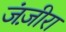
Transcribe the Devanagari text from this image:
जंज़ीरा